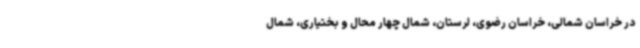
در خراسان شمالی، خراسان رضوی، لرستان، شمال چهار محال و بختیاری، شمال